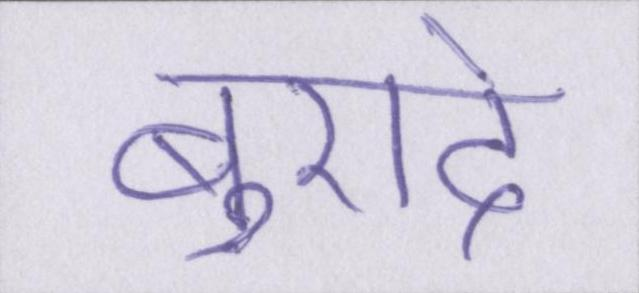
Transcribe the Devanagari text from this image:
बुरादे